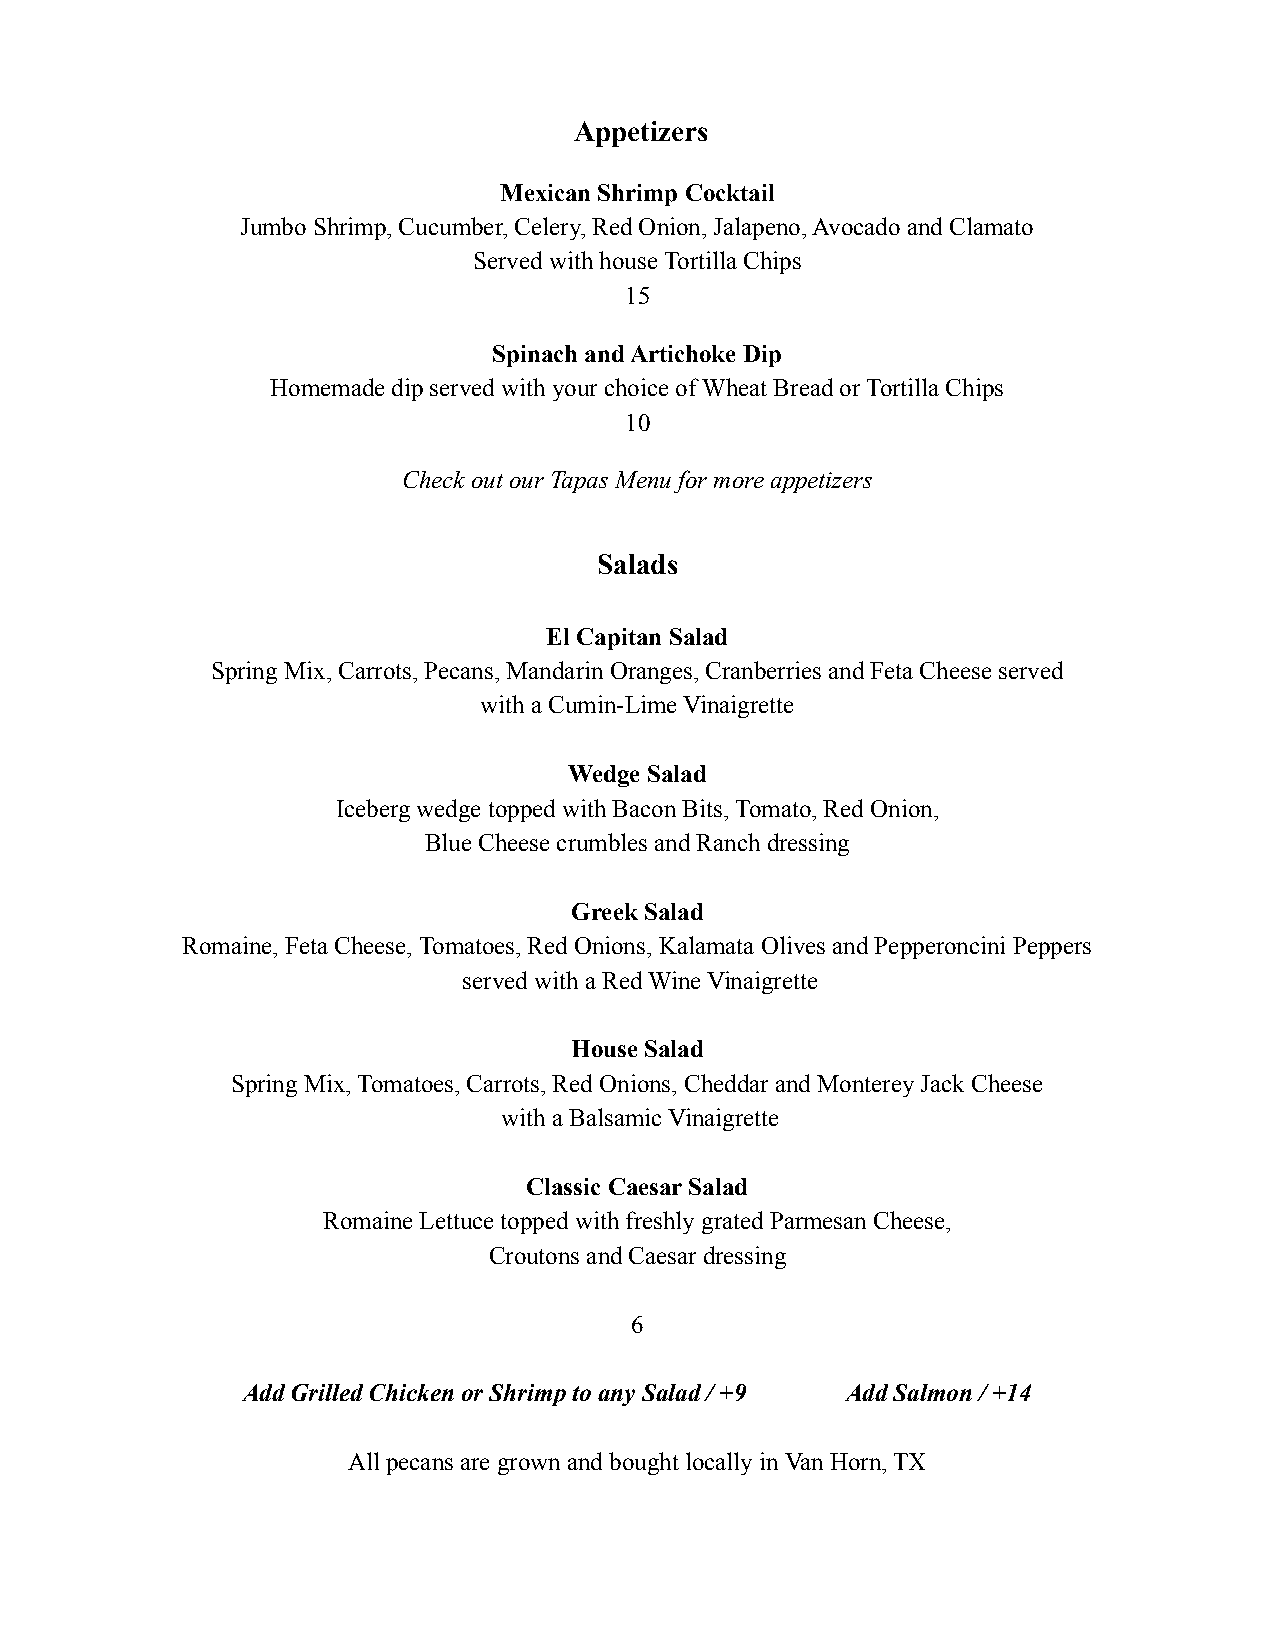
Appetizers
 Mexican Shrimp Cocktail
 Jumbo Shrimp, Cucumber, Celery, Red Onion, Jalapeno, Avocado and Clamato
 Served with house Tortilla Chips
 15
 Spinach and Artichoke Dip
 Homemade dip served with your choice of Wheat Bread or Tortilla Chips
 10
 Check out our Tapas Menu for more appetizers
 Salads
 El Capitan Salad
 Spring Mix, Carrots, Pecans, Mandarin Oranges, Cranberries and Feta Cheese served
 with a Cumin-Lime Vinaigrette
 Wedge Salad
 Iceberg wedge topped with Bacon Bits, Tomato, Red Onion,
 Blue Cheese crumbles and Ranch dressing
 Greek Salad
 Romaine, Feta Cheese, Tomatoes, Red Onions, Kalamata Olives and Pepperoncini Peppers
 served with a Red Wine Vinaigrette
 House Salad
 Spring Mix, Tomatoes, Carrots, Red Onions, Cheddar and Monterey Jack Cheese
 with a Balsamic Vinaigrette
 Classic Caesar Salad
 Romaine Lettuce topped with freshly grated Parmesan Cheese,
 Croutons and Caesar dressing
 6
 Add Grilled Chicken or Shrimp to any Salad / +9 Add Salmon / +14
 All pecans are grown and bought locally in Van Horn, TX